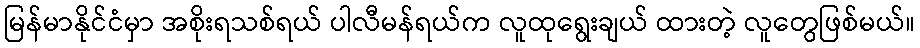
မြန်မာနိုင်ငံမှာ အစိုးရသစ်ရယ် ပါလီမန်ရယ်က လူထုရွေးချယ် ထားတဲ့ လူတွေဖြစ်မယ်။